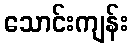
သောင်းကျန်း